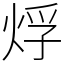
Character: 烰